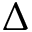
\Delta